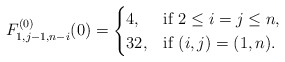
\begin{align*} F_{1,j-1,n-i}^{(0)}(0)=\begin{cases} 4,& \mbox{if}\ 2\leq i=j\leq n,\\ 32,& \mbox{if}\ (i,j)=(1,n). \end{cases}\end{align*}